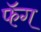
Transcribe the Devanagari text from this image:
फॅग